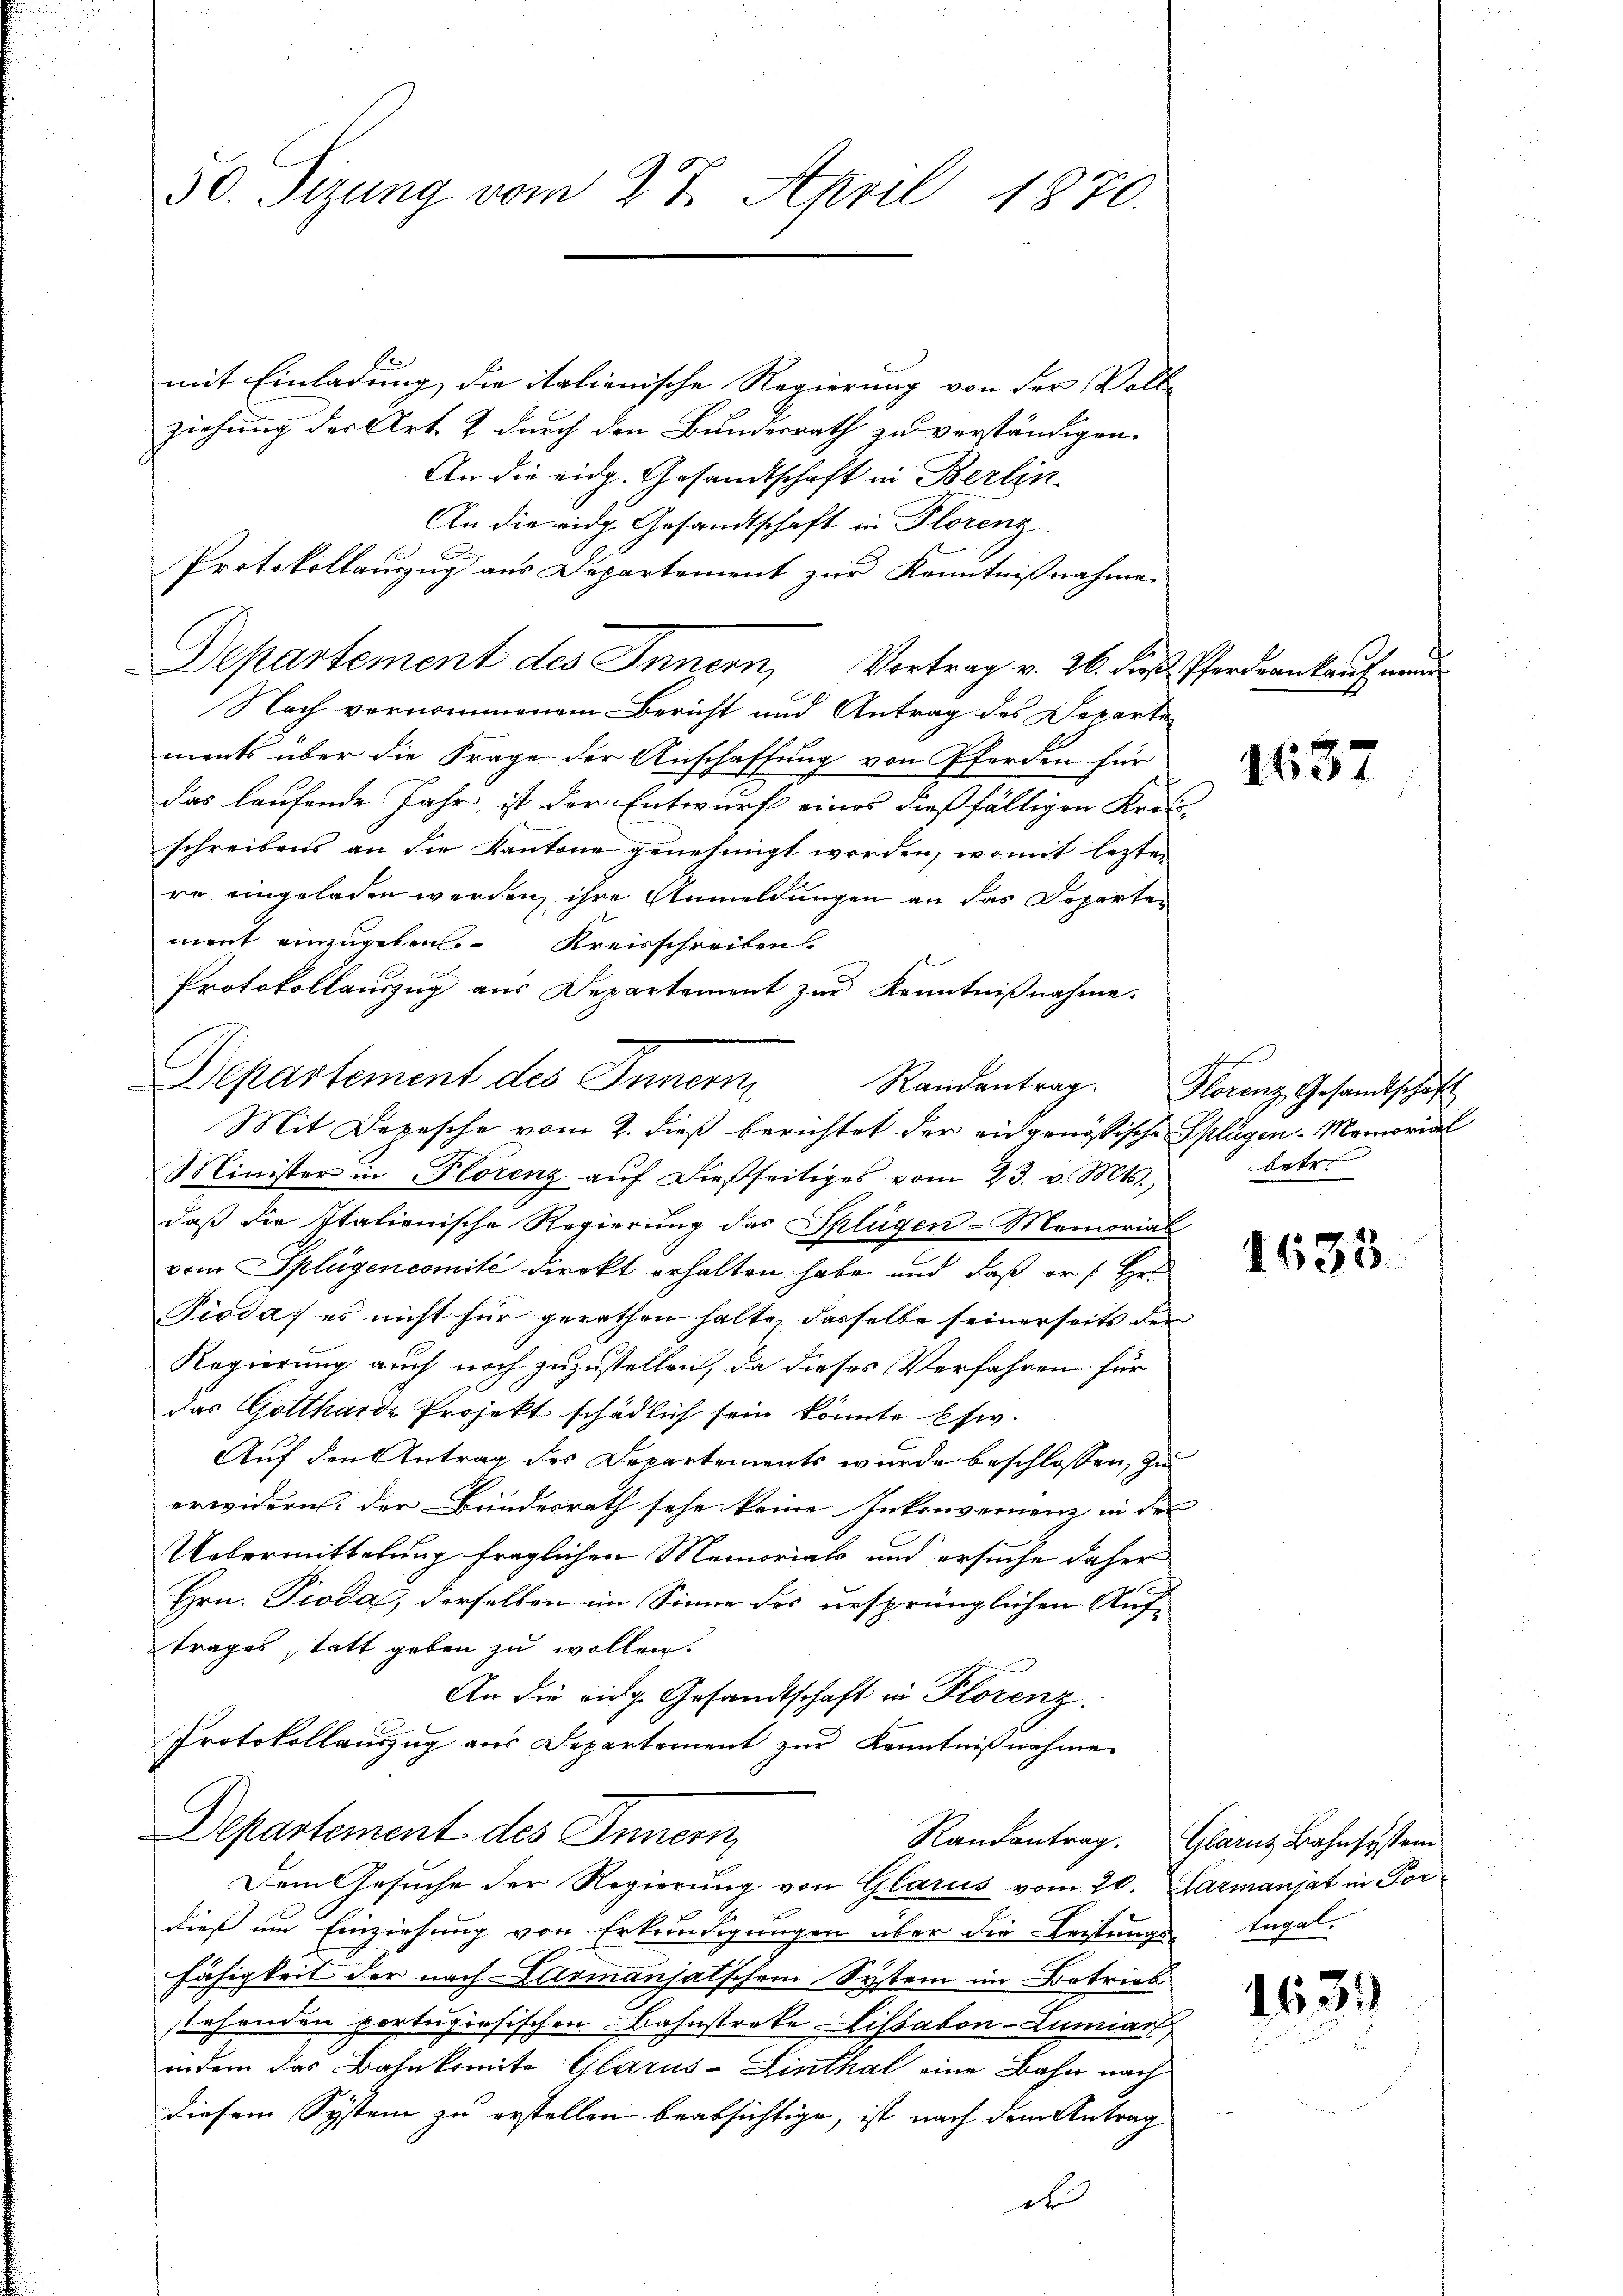
50. Sizung vom 27. April 1870.

mit Einladung, die italienische Regierung von der Voll-
ziehung der Art & durch den Bundesrath zu verständigen.
An die eidg. Gesandtschaft in Berlin.
An die eidg. Gesandtschaft in Florenz.
Protokollauszug aus Departement zur Kenntnißnahme
Departement des Innern, Vortrag v. 26. dieß Pferdran kauf neun
Nach vernommenem Bericht und Antrag des Departe
ments über die Frage der Anschaffung von Pferden für
Das laufende Jahr, ist der Entwurf eines dießfälligen Krat-
schreibens an die Kantone genehmigt worden, womit lezten
re eingeladen werden, ihre Anmeldungen an das Departen
mont einzugeben. Kreisschreibens
Protokollauszug aus Departement zur Kenntnißnahme.
Departement des Innern
Mit Depesche vom 2. dieß berichtet der eidgenössische Splügen-Memorial
Minister in Florenz aŭf dießseitiges vom 23. v. Mts.,
daß die Italienische Regierung das Splügen-Memorial
vom Splügencomité direkt erhalten habe und daß er /: Hr.
Pioda, es nicht für gerathen halte, dasselbe seinerseits der
Regierung auch noch zuzustellen, da dieses Verfahren für
das Gottharde Projekt schädlich sein könnte Esw.
Auf den Antrag des Departements wurde beschlossen, zu
erwidern, der Bundesrath sehe keine Inkonvenienz in der |
Uebermittelung fraglichen Memorial und ersuche daher
Hrn. Pioda, derselben im Sinne des ursprünglichen Auftrages statt geben zu wollen.
An die eidg. Gesandtschaft in Plorenz.
Protokollauszug aus Departement zŭr Kenntnißnahme
Departement des Innern,
Randantrag. Glarus Bahnsystem
Dem Gesuche der Regierung von Glarus vom 20. Larmanjat in Fordieß um Einziehung von Erkundigungen über die Leitungs-Engel.
Fähigkeit der nach Carmanjalschem System im Betrieb
stehenden portugisischen Bahnstreke Lissabon-Lumiart
indem das Bahnkomite Glarus-Linthal eine Bahn nach
Diesem System zu erstellen beabsichtige, ist nach dem Antrag
ds

1637

Randantrag. Florenz Gesandtschaft
betr.

1635.

163.